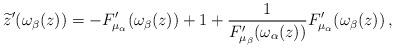
LaTeX: \begin{align*} \widetilde z'(\omega_\beta(z))=-F'_{\mu_\alpha}(\omega_\beta(z))+1+\frac{1}{F'_{\mu_\beta}(\omega_\alpha(z))}F'_{\mu_\alpha}(\omega_\beta(z))\,,\end{align*}